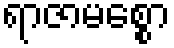
ရာဇာမစ္စော